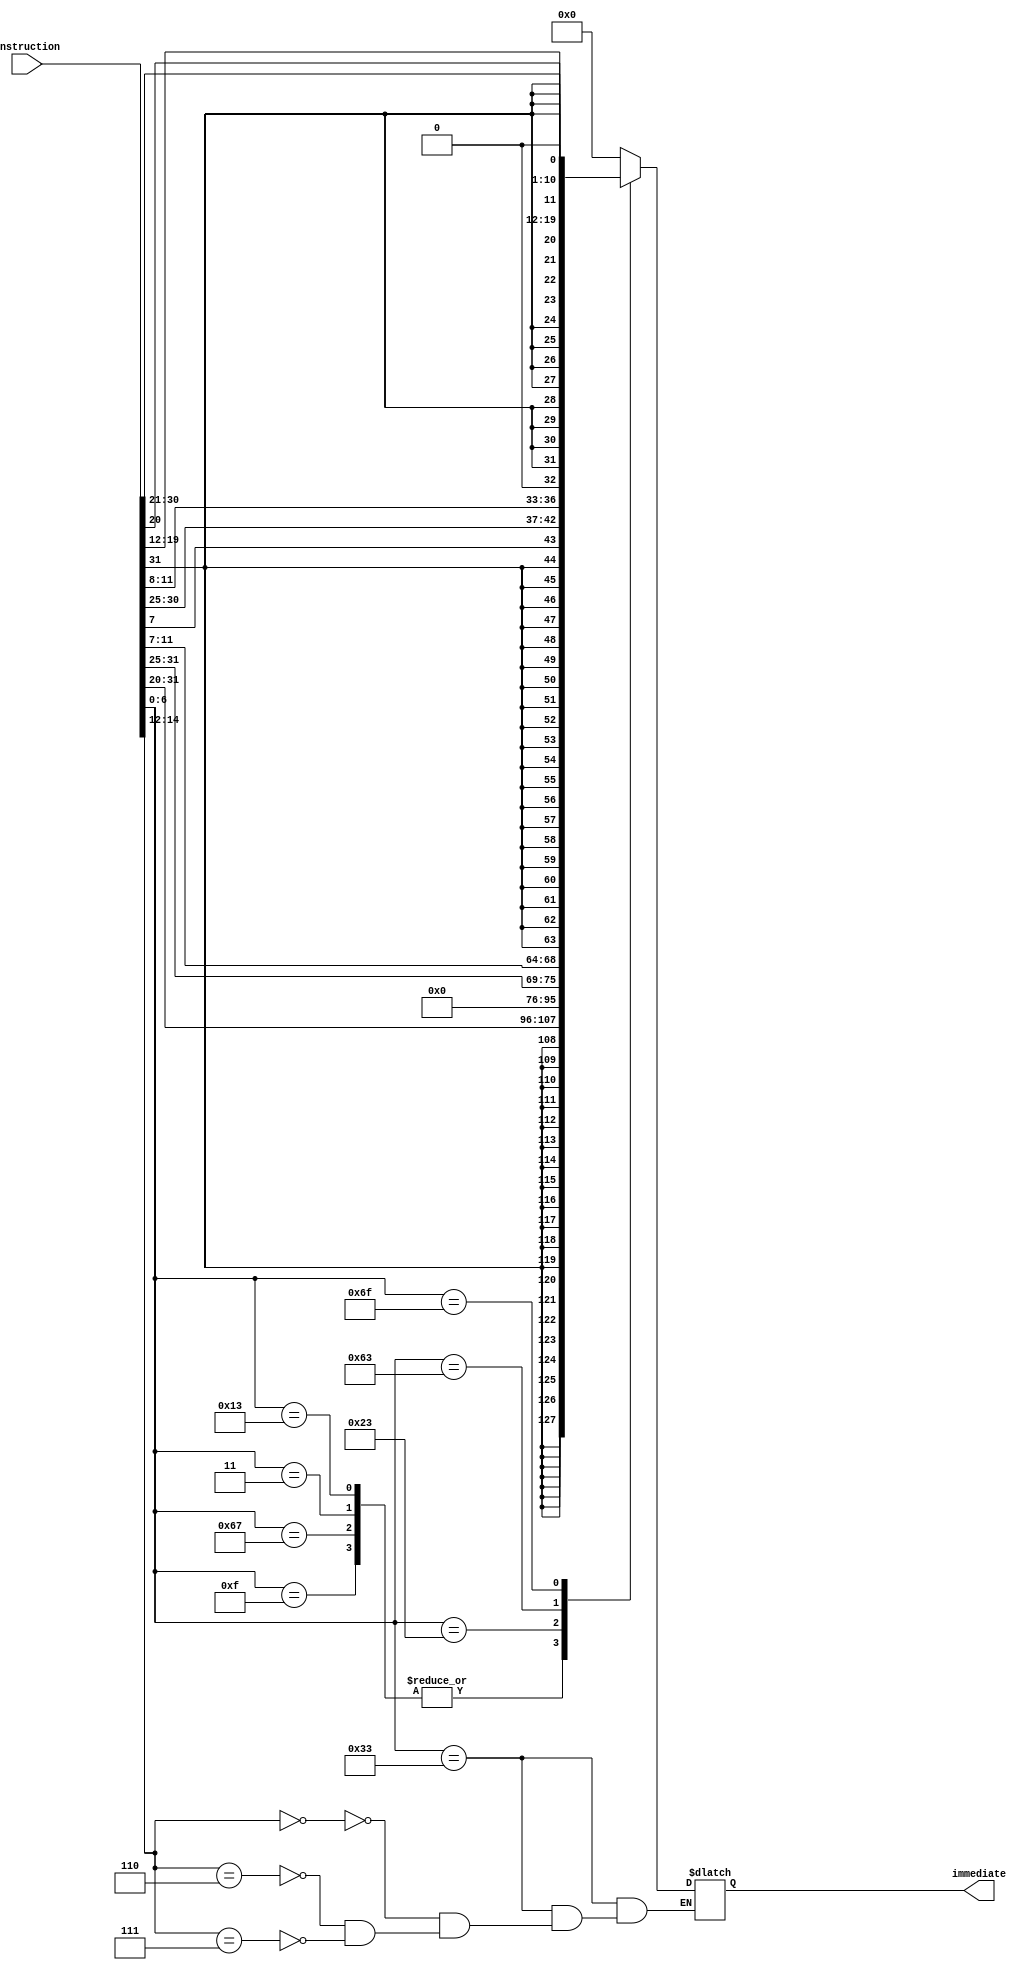
module immgen(instruction,immediate);

input [31:0] instruction;
output reg [31:0] immediate;

  wire [6:0] opcode = instruction[6:0];
  wire [2:0] funct3 = instruction[14:12];
  wire [4:0] funct7 = instruction[31:25];
  wire [4:0] rd = instruction[11:7];
  wire [4:0] rs1 = instruction[19:15];

  always @(*) begin
    case (opcode)
      // I-type instructions
      7'b0010011, 7'b0000011, 7'b1100111, 7'b0001111: // addi, lw, jalr, jal
        immediate = { {20{instruction[31]}}, instruction[31:20] };
      // S-type instructions
      7'b0100011: // sw
        immediate = { instruction[31:25], instruction[11:7] };
      // B-type instructions
      7'b1100011: // beq
        immediate = { {19{instruction[31]}}, instruction[31], instruction[7], instruction[30:25], instruction[11:8], 1'b0 };
      7'b1101111: // jal
        immediate = { {12{instruction[31]}}, instruction[31], instruction[19:12], instruction[20], instruction[30:21], 1'b0 };
      // R-type instructions
      7'b0110011: // add, and, or, sll, slt, sltu, sra, srl, sub, xor
        case (funct3)
          3'b000: // add, sub
            immediate = 0;
          3'b110: // or
            immediate = 0;
          3'b111: // and
            immediate = 0;
        endcase
      default: // unknown instruction
        immediate = 0;
    endcase
  end

endmodule